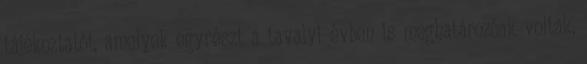
tájékoztatót, amelyek egyrészt a tavalyi évben is meghatározóak voltak,